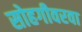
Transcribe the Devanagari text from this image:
सोहगीवरवा